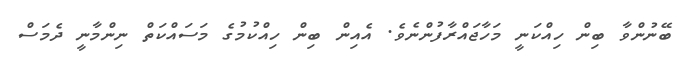
ބޭނުންވާ ބިން ހިއްކަނީ މަހާޖައްރާފުންނެވެ. އެއިން ބިން ހިއްކުމުގެ މަސައްކަތް ނިންމާނީ ދެމަސް